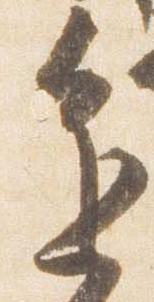
進